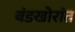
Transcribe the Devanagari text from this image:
बंडखोरांत